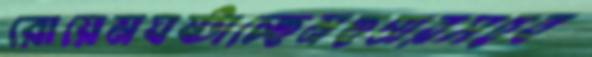
রোয়েমঘষ্‌টাচ্ছেনছত্তারসহব